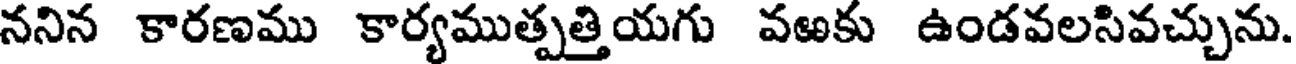
ననిన కారణము కార్యముత్పత్తియగు వఱకు ఉండవలసివచ్చును.